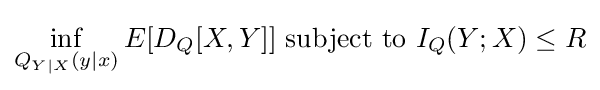
\inf _{Q_{Y\mid X}(y\mid x)}E[D_{Q}[X,Y]]{\text{ subject to }}I_{Q}(Y;X)\leq R